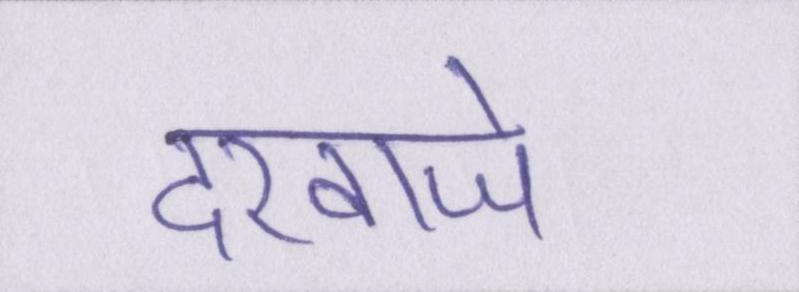
दरवाजे